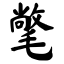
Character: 氅